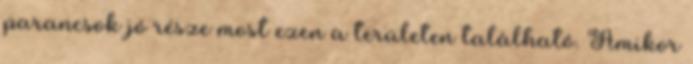
parancsok jó része most ezen a területen található. Amikor